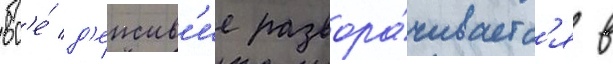
вс'е́ д'еиств'ие развора́чиваетс'я в